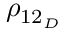
\rho _ { 1 2 _ { D } }